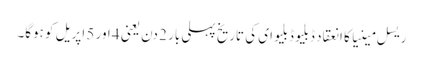
ریسل مینیا کا انعقاد ڈبلیو ڈبلیو ای کی تاریخ پہلی بار 2 دن یعنی 4 اور 5 اپریل کو ہوگا۔